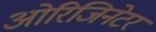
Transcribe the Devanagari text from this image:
ओरिजिनेटर